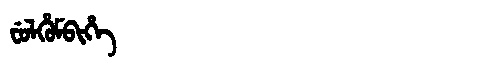
Manchu: ᠸᡠᠯᡥᡠᠮᠪᡳᡥᡝ
Romanization: FULHUMBIHE